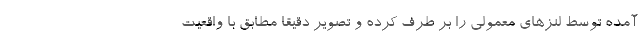
آمده توسط لنزهای معمولی را بر طرف کرده و تصویر دقیقا مطابق با واقعیت